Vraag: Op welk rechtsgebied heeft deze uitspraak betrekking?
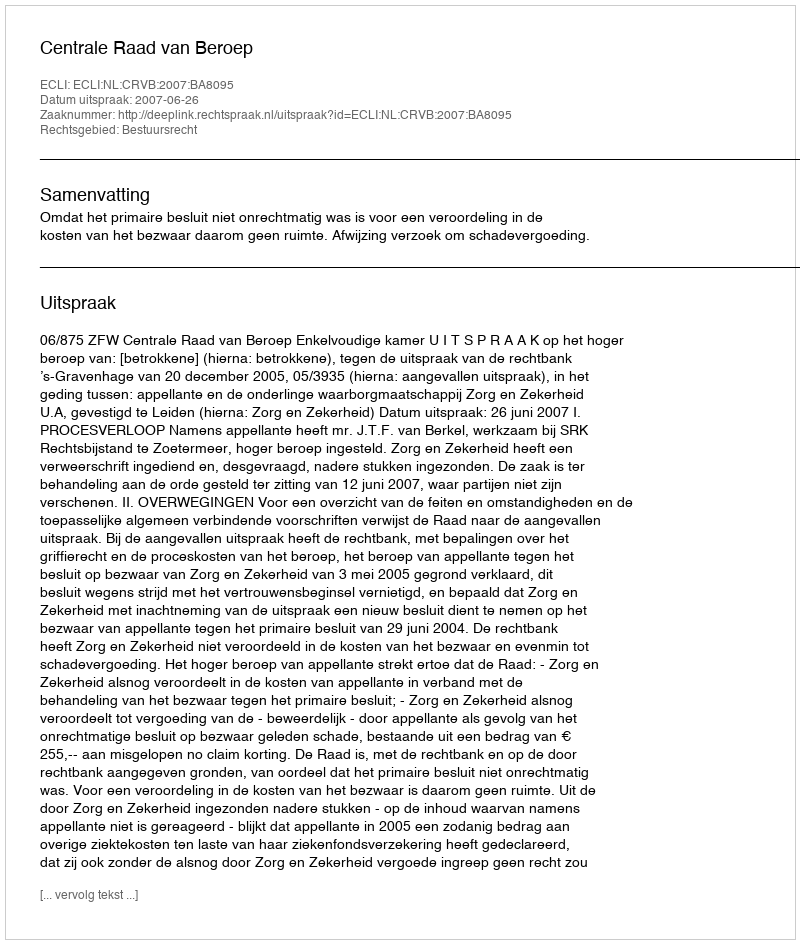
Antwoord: Bestuursrecht